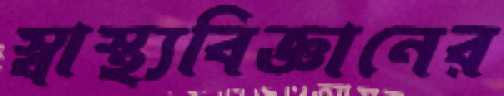
স্বাস্থ্যবিজ্ঞানের